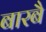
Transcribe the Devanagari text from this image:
बारबै